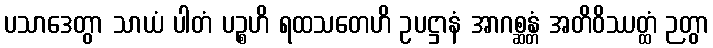
ပသာဒေတွာ သာယံ ပါတံ ပဉ္စဟိ ရထသတေဟိ ဥပဋ္ဌာနံ အာဂစ္ဆန္တံ အတိဝိဿတ္ထံ ဉတွာ